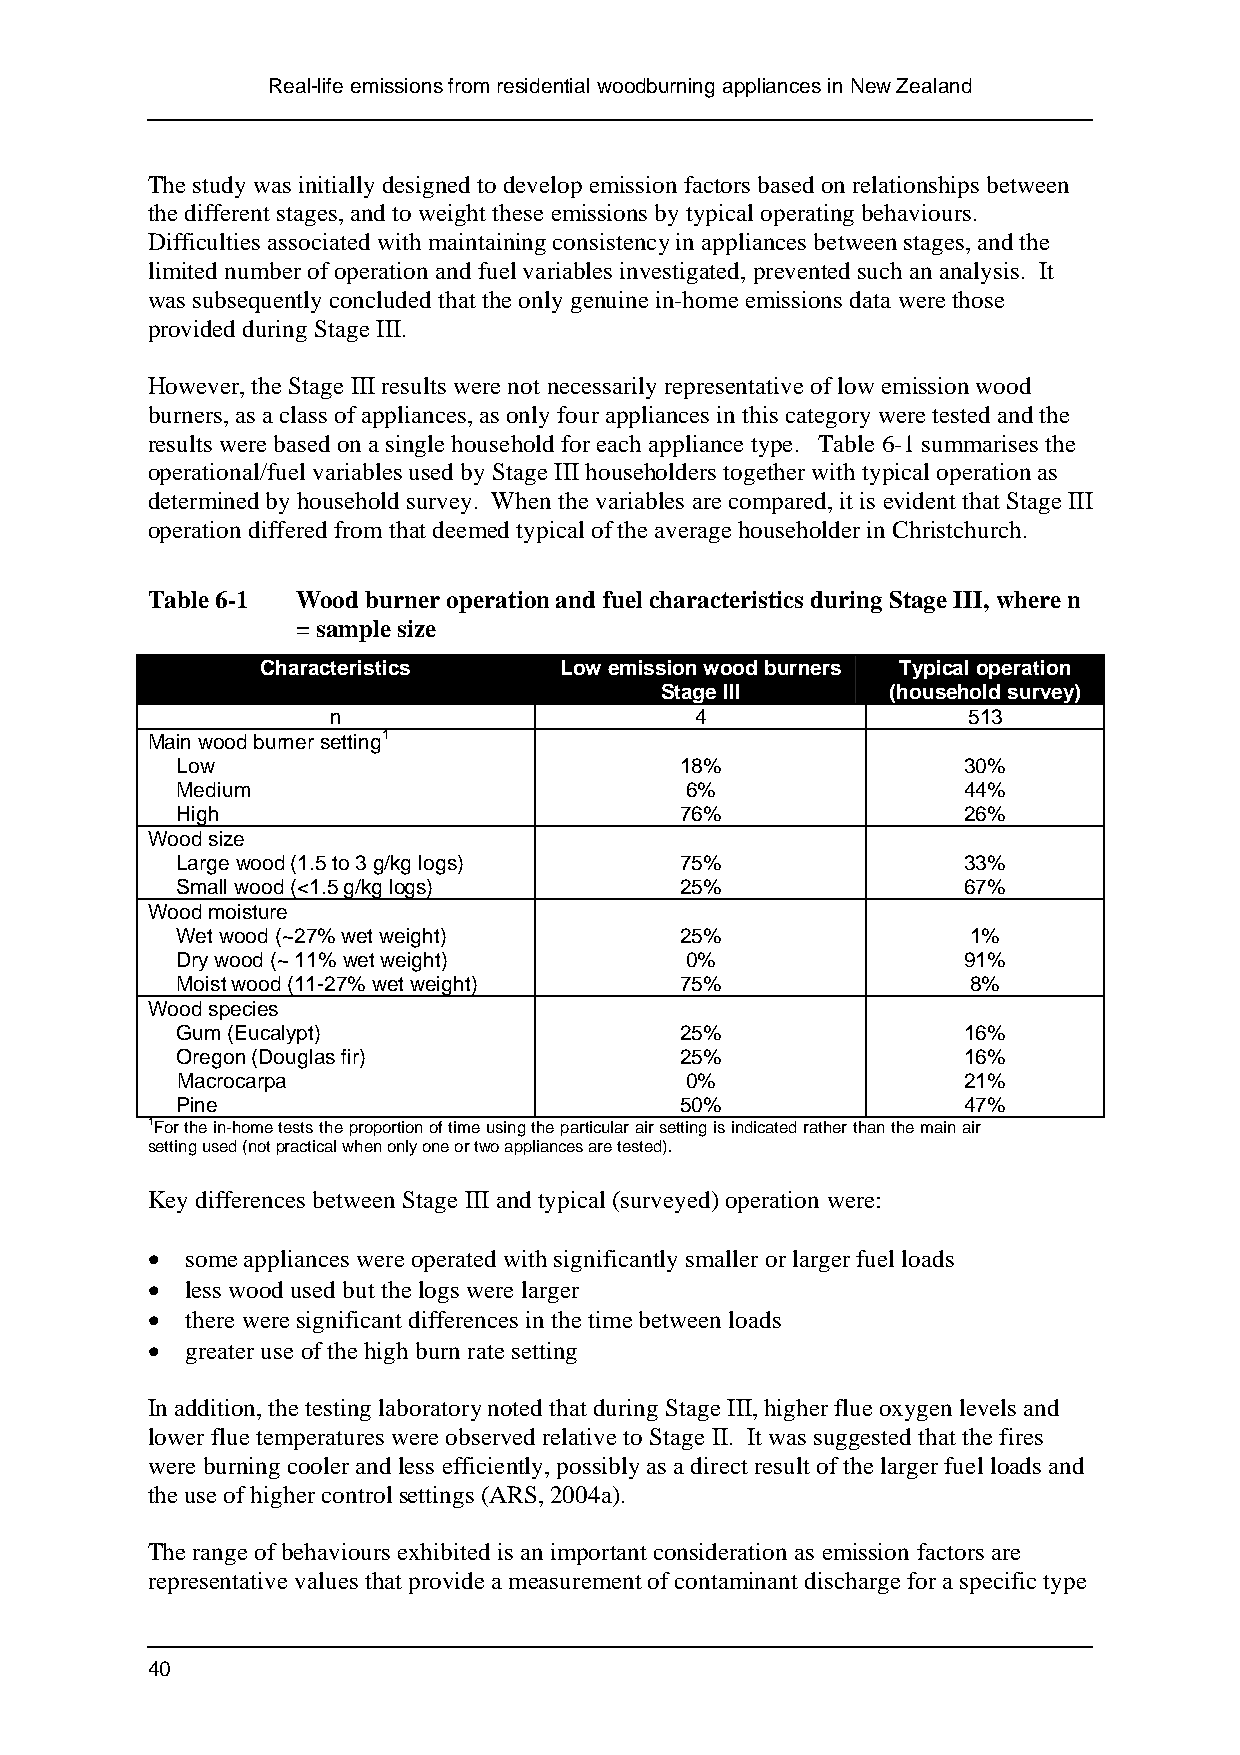
Real-life emissions from residential woodburning appliances in New Zealand
 The study was initially designed to develop emission factors based on relationships between
 the different stages, and to weight these emissions by typical operating behaviours.
 Difficulties associated with maintaining consistency in appliances between stages, and the
 limited number of operation and fuel variables investigated, prevented such an analysis. It
 was subsequently concluded that the only genuine in-home emissions data were those
 provided during Stage III.
 However, the Stage III results were not necessarily representative of low emission wood
 burners, as a class of appliances, as only four appliances in this category were tested and the
 results were based on a single household for each appliance type. Table 6-1 summarises the
 operational/fuel variables used by Stage III householders together with typical operation as
 determined by household survey. When the variables are compared, it is evident that Stage III
 operation differed from that deemed typical of the average householder in Christchurch.
 Table 6-1 Wood burner operation and fuel characteristics during Stage III, where n
 = sample size
 Characteristics     Low emission wood burners Typical operation
 Stage III      (household survey)
 n                       4                 513
 Main wood burner setting1
 Low                              18%                30%
 Medium                           6%                 44%
 High                             76%                26%
 Wood size
 Large wood (1.5 to 3 g/kg logs)  75%                33%
 Small wood (<1.5 g/kg logs)      25%                67%
 Wood moisture
 Wet wood (~27% wet weight)       25%                1%
 Dry wood (~ 11% wet weight)      0%                 91%
 Moist wood (11-27% wet weight)   75%                8%
 Wood species
 Gum (Eucalypt)                   25%                16%
 Oregon (Douglas fir)             25%                16%
 Macrocarpa                       0%                 21%
 Pine                             50%                47%
 1For the in-home tests the proportion of time using the particular air setting is indicated rather than the main air
 setting used (not practical when only one or two appliances are tested).
 Key differences between Stage III and typical (surveyed) operation were:
 • some appliances were operated with significantly smaller or larger fuel loads
 • less wood used but the logs were larger
 • there were significant differences in the time between loads
 • greater use of the high burn rate setting
 In addition, the testing laboratory noted that during Stage III, higher flue oxygen levels and
 lower flue temperatures were observed relative to Stage II. It was suggested that the fires
 were burning cooler and less efficiently, possibly as a direct result of the larger fuel loads and
 the use of higher control settings (ARS, 2004a).
 The range of behaviours exhibited is an important consideration as emission factors are
 representative values that provide a measurement of contaminant discharge for a specific type
 40